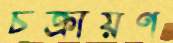
চক্রায়ণ